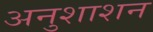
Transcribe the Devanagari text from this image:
अनुशाशन